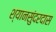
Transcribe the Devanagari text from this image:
श्यानसुंदरदास